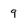
Character: 9